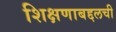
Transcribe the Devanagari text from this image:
शिक्षणाबद्दलची